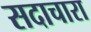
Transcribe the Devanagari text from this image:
सदाचारा